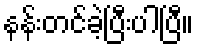
နန်းတင်ခဲ့ပြီးပါပြီ။